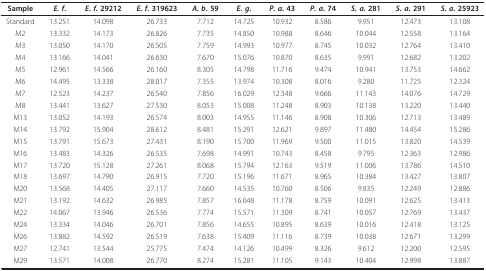
<table><thead><tr><td><b>Sample</b></td><td><b><i>E. f</i>.</b></td><td><b><i>E. f</i>. 29212</b></td><td><b><i>E. f</i>. 319623</b></td><td><b><i>A. b</i>. 59</b></td><td><b><i>E. g</i>.</b></td><td><b><i>P. a</i>. 43</b></td><td><b><i>P. a</i>. 74</b></td><td><b><i>S. a</i>. 281</b></td><td><b><i>S. a</i>. 291</b></td><td><b><i>S. a</i>. 25923</b></td></tr></thead><tbody><tr><td>Standard</td><td>13.251</td><td>14.098</td><td>26.733</td><td>7.712</td><td>14.725</td><td>10.932</td><td>8.586</td><td>9.951</td><td>12.473</td><td>13.108</td></tr><tr><td>M2</td><td>13.332</td><td>14.173</td><td>26.826</td><td>7.735</td><td>14.850</td><td>10.988</td><td>8.646</td><td>10.044</td><td>12.558</td><td>13.164</td></tr><tr><td>M3</td><td>13.050</td><td>14.170</td><td>26.505</td><td>7.759</td><td>14.993</td><td>10.977</td><td>8.745</td><td>10.032</td><td>12.764</td><td>13.410</td></tr><tr><td>M4</td><td>13.166</td><td>14.041</td><td>26.630</td><td>7.670</td><td>15.076</td><td>10.870</td><td>8.635</td><td>9.991</td><td>12.682</td><td>13.202</td></tr><tr><td>M5</td><td>12.961</td><td>14.566</td><td>26.160</td><td>8.305</td><td>14.798</td><td>11.716</td><td>9.474</td><td>10.941</td><td>13.753</td><td>14.662</td></tr><tr><td>M6</td><td>14.495</td><td>13.338</td><td>28.017</td><td>7.355</td><td>13.974</td><td>10.308</td><td>8.016</td><td>9.280</td><td>11.725</td><td>12.324</td></tr><tr><td>M7</td><td>12.523</td><td>14.237</td><td>26.540</td><td>7.856</td><td>16.029</td><td>12.348</td><td>9.666</td><td>11.143</td><td>14.076</td><td>14.729</td></tr><tr><td>M8</td><td>13.441</td><td>13.627</td><td>27.530</td><td>8.053</td><td>15.008</td><td>11.248</td><td>8.903</td><td>10.138</td><td>13.220</td><td>13.440</td></tr><tr><td>M13</td><td>13.052</td><td>14.193</td><td>26.574</td><td>8.003</td><td>14.955</td><td>11.146</td><td>8.908</td><td>10.306</td><td>12.713</td><td>13.489</td></tr><tr><td>M14</td><td>13.792</td><td>15.904</td><td>28.612</td><td>8.481</td><td>15.291</td><td>12.621</td><td>9.897</td><td>11.480</td><td>14.454</td><td>15.286</td></tr><tr><td>M15</td><td>13.791</td><td>15.673</td><td>27.431</td><td>8.190</td><td>15.700</td><td>11.969</td><td>9.500</td><td>11.015</td><td>13.820</td><td>14.539</td></tr><tr><td>M16</td><td>13.483</td><td>14.326</td><td>26.535</td><td>7.698</td><td>14.991</td><td>10.743</td><td>8.458</td><td>9.795</td><td>12.363</td><td>12.986</td></tr><tr><td>M17</td><td>13.720</td><td>15.128</td><td>27.261</td><td>8.068</td><td>15.794</td><td>12.163</td><td>9.519</td><td>11.006</td><td>13.786</td><td>14.510</td></tr><tr><td>M18</td><td>13.697</td><td>14.790</td><td>26.915</td><td>7.720</td><td>15.196</td><td>11.671</td><td>8.965</td><td>10.384</td><td>13.427</td><td>13.807</td></tr><tr><td>M20</td><td>13.568</td><td>14.405</td><td>27.117</td><td>7.660</td><td>14.535</td><td>10.760</td><td>8.506</td><td>9.835</td><td>12.249</td><td>12.886</td></tr><tr><td>M21</td><td>13.192</td><td>14.632</td><td>26.985</td><td>7.857</td><td>16.048</td><td>11.178</td><td>8.759</td><td>10.091</td><td>12.625</td><td>13.413</td></tr><tr><td>M22</td><td>14.067</td><td>13.946</td><td>26.536</td><td>7.774</td><td>15.571</td><td>11.309</td><td>8.741</td><td>10.057</td><td>12.769</td><td>13.437</td></tr><tr><td>M24</td><td>13.334</td><td>14.046</td><td>26.701</td><td>7.856</td><td>14.655</td><td>10.895</td><td>8.639</td><td>10.016</td><td>12.418</td><td>13.125</td></tr><tr><td>M26</td><td>13.882</td><td>14.592</td><td>26.519</td><td>7.638</td><td>15.409</td><td>11.116</td><td>8.739</td><td>10.038</td><td>12.671</td><td>13.299</td></tr><tr><td>M27</td><td>12.741</td><td>13.544</td><td>25.775</td><td>7.474</td><td>14.126</td><td>10.499</td><td>8.326</td><td>9.612</td><td>12.200</td><td>12.595</td></tr><tr><td>M29</td><td>13.571</td><td>14.008</td><td>26.770</td><td>8.274</td><td>15.281</td><td>11.105</td><td>9.143</td><td>10.404</td><td>12.998</td><td>13.887</td></tr></tbody></table>